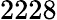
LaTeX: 2228